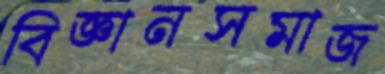
বিজ্ঞানসমাজ